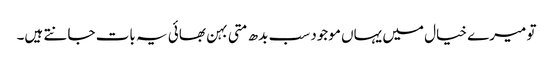
تو میرے خیال میں یہاں موجود سب بدھ متی بہن بھائی یہ بات جانتے ہیں۔